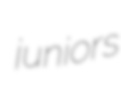
juniors